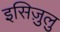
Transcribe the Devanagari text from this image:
इसिज़ुलु